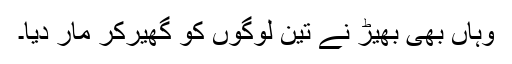
وہاں بھی بھیڑ نے تین لوگوں کو گھیر‌کر مار دیا۔